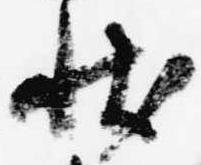
状